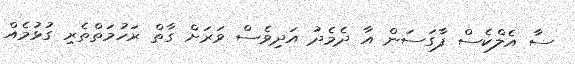
ސާ އެލްކެސް ފާގަސަން އާ ދެމެދު އަދިވެސް ވަރަށް ގާތް ރަހުމަތްތެރި ގުޅުމެއް